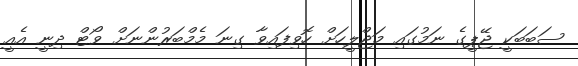
ސަބަބަކީ ޖޭޕީގެ ނަމުގައި މަޖްލީހަށް ހޮވިފައިވާ ގިނަ މެމްބަރުންނަށް ވޯޓް ދިނީ އެއީ